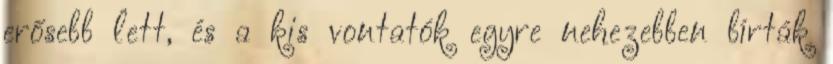
erősebb lett, és a kis vontatók egyre nehezebben bírták